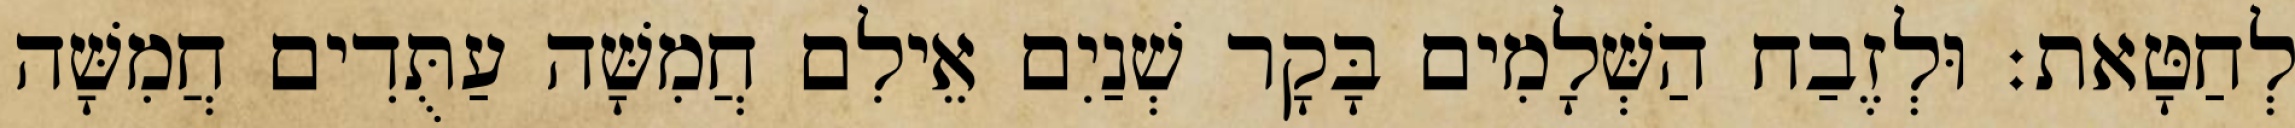
לְחַטָּאת׃ וּלְזֶבַח הַשְּׁלָמִים בָּקָר שְׁנַיִם אֵילִם חֲמִשָּׁה עַתֻּדִים חֲמִשָּׁה